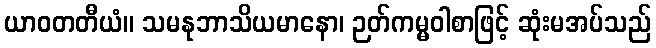
ယာဝတတီယံ။ သမနုဘာသိယမာနော၊ ဉတ်ကမ္မဝါစာဖြင့် ဆုံးမအပ်သည်